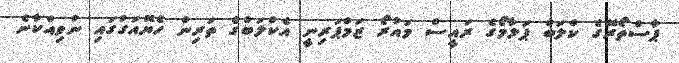
ޕާސްތޯރޭގެ ކްލަބް ޕަލާމޯގެ ރައީސް މައުރޯ ޒަމްޕަރިނީ އެކްލަބްގެ ތަރިން ހެޔޮއަގުގައި ނުވިއްކާނެ